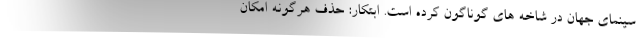
سینمای جهان در شاخه های گوناگون کرده است. ابتکار: حذف هرگونه امکان